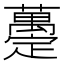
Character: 𧄌